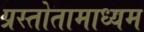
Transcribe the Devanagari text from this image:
प्रस्तोतामाध्यम